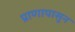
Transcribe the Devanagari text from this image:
प्राणापासून